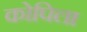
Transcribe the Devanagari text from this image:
कोपिला